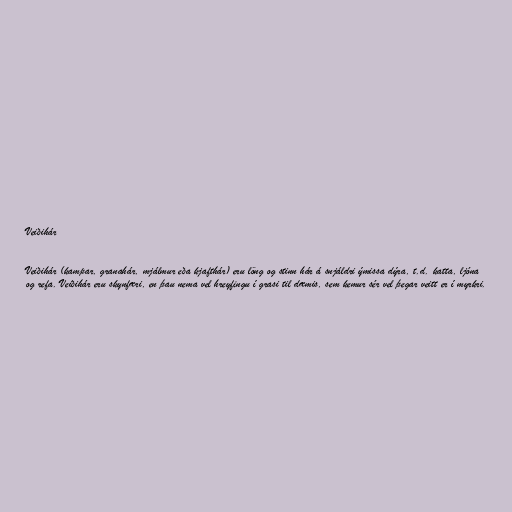
Veiðihár

Veiðihár (kampar, granahár, mjálmur eða kjafthár) eru löng og stinn hár á snjáldri ýmissa dýra, t.d. katta, ljóna
og refa. Veiðihár eru skynfæri, en þau nema vel hreyfingu í grasi til dæmis, sem kemur sér vel þegar veitt er í myrkri.